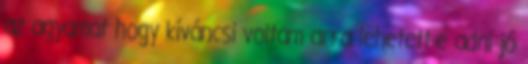
az agyamat hogy kíváncsi voltam arra lehetett-e adni jó